Scientific memoirs by medical officers of the Army of India - Part V,
Year: 1890
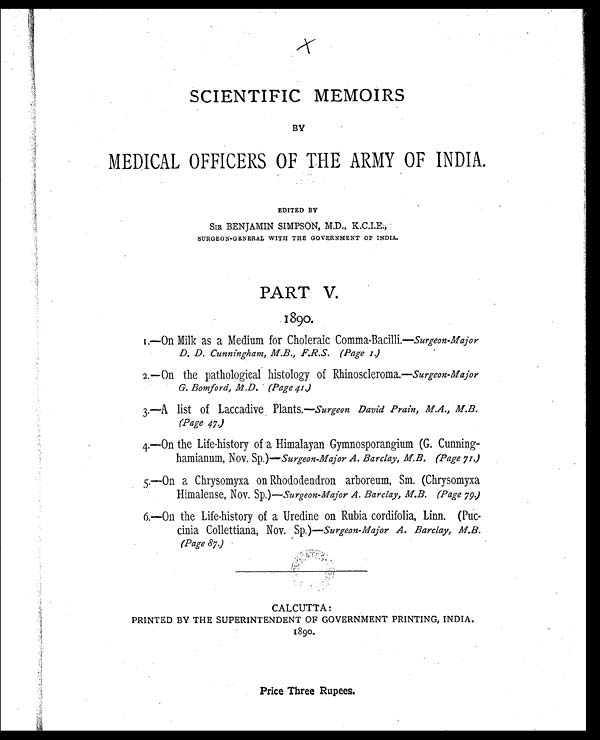
SCIENTIFIC MEMOIRS
BY
MEDICAL OFFICERS OF THE ARMY OF INDIA.
EDITED BY
SIR BENJAMIN SIMPSON, M.D., K.C.I.E.,
SURGEON-GENERAL WITH THE GOVERNMENT OF INDIA.
PART V.
1890.
1.—On Milk as a Medium for Choleraic Comma-Bacilli.— Surgeon-Major
D. D. Cunningham, M.B., F.R.S. (Page 1.)
2.—On the pathological histology of Rhinoscleroma.— Surgeon-Major
G. Bomford, M.D. (Page 41.)
3.—A list of Laccadive Plants. —Surgeon David Prain, M. A., M.B.
(page 47.)
4.—On the Life-history of a Himalayan Gymnosporangium (G. Cunning-
hamianum, Nov. Sp.) —Surgeon-Major A. Barclay, M.B. (Page 71.)
5.—On a Chrysomyxa on Rhododendron arboreum, Sm. (Chrysomyxa
Himalense, Nov. Sp.)—Surgeon-Major A. Barclay, M.B. (Page 79)
6.—On the Life-history of a Uredine on Rubia cordifolia, Linn. (Puc-
cinia Collettiana, Nov. Sp.)— Surgeon-Major A. Barclay, M.B.
(Page 87)
CALCUTTA:
PRINTED BY THE SUPERINTENDENT OF GOVERNMENT PRINTING, INDIA.
1890.
Price Three Rupees.